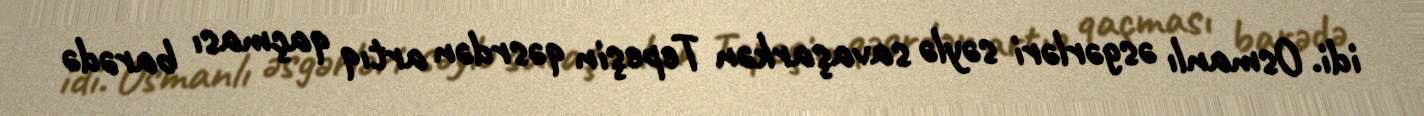
idi. Osmanlı əsgərləri səylə savaşarkən Tepeşin qəsrdən artıq qaçması barədə